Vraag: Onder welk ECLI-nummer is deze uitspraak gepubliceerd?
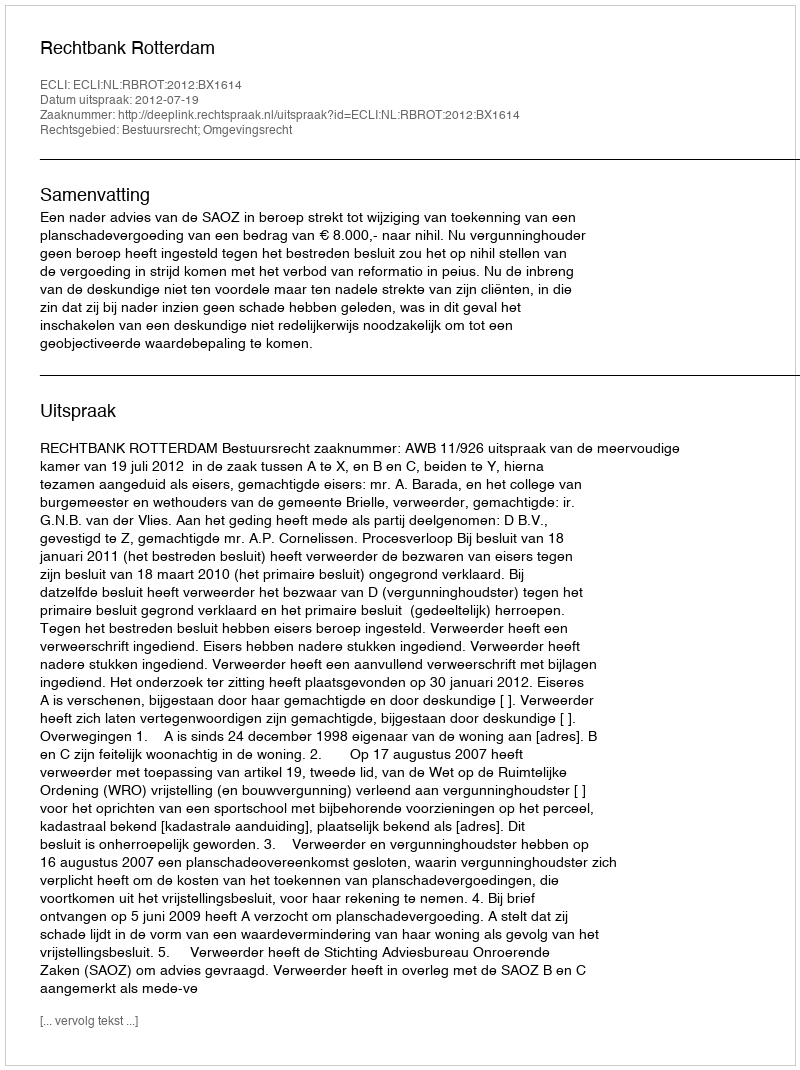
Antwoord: ECLI:NL:RBROT:2012:BX1614